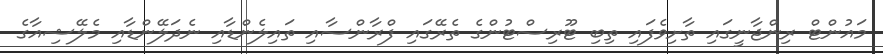
މައުންޓް ރިންޖާނީގައި ތާށިވެފައި ތިބި ޓޫރިސްޓުންގެ ތެރޭގައި ފްރާންސާއި ތައިލެންޑާއި ނެދަލޭންޑާއި މެލޭޝިއާގެ